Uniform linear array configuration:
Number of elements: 16
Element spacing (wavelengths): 0.75
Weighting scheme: kaiser
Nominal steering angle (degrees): -45
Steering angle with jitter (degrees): -45.489
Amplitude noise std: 0.05
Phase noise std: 0.05

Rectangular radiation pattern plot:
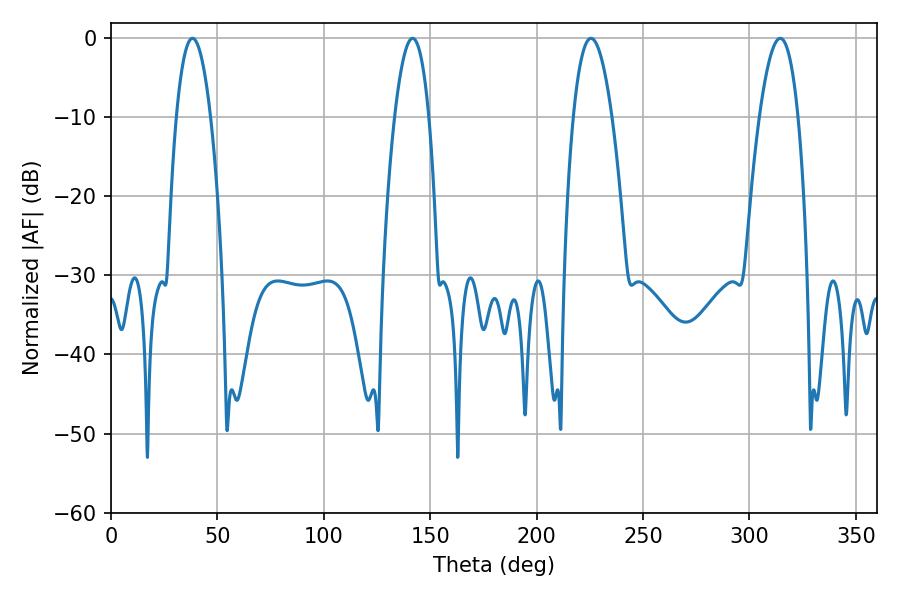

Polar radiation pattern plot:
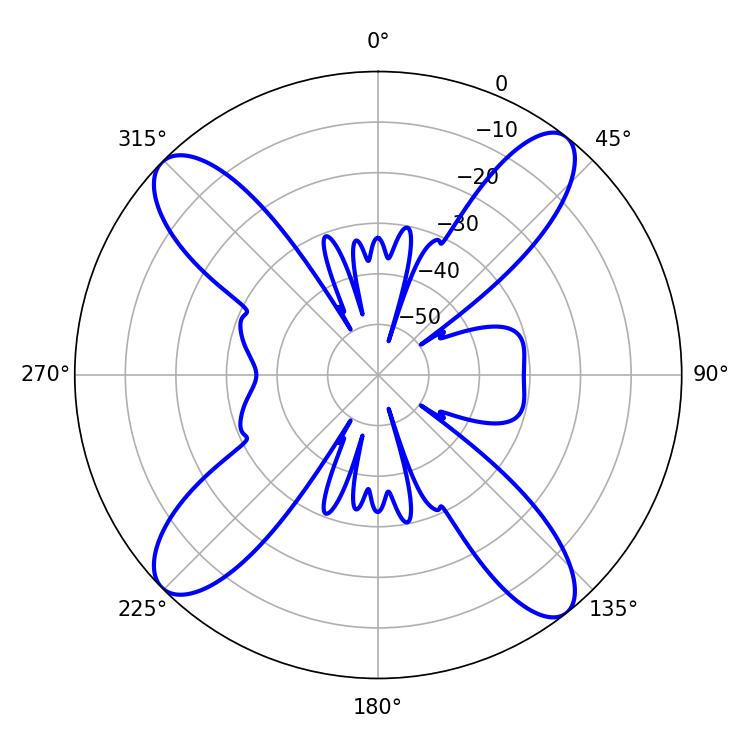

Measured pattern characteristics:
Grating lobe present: TRUE
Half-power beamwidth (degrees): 9.9
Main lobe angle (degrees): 225.54